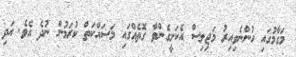
މަގާމުގައި ހުންނެވިއިރު މަޖިލިސް އެކަށީގެންވާ ގޮތެއްގައި މަސައްކަތް ކުރަމުން ނުދެ އެވެ. އަދި